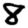
Digit: 8